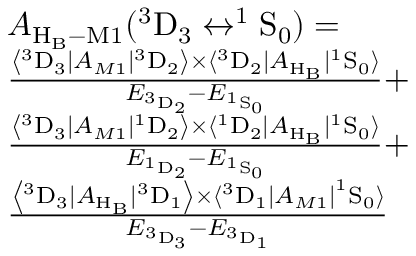
\begin{array} { r l } & { A _ { \mathrm { H _ { B } } - \mathrm { M } 1 } ( ^ { 3 } \mathrm { D } _ { 3 } \leftrightarrow ^ { 1 } \mathrm { S } _ { 0 } ) = } \\ & { \frac { \left\langle ^ 3 \mathrm { D } _ { 3 } \left| A _ { M 1 } \right| { ^ 3 \mathrm { D } _ { 2 } } \right\rangle \times \langle ^ { 3 } \mathrm { D } _ { 2 } | A _ { \mathrm { H _ { B } } } | ^ { 1 } \mathrm { S } _ { 0 } \rangle } { E _ { ^ 3 \mathrm { D } _ { 2 } } - E _ { ^ 1 \mathrm { S } _ { 0 } } } + } \\ & { \frac { \left\langle ^ 3 \mathrm { D } _ { 3 } \left| A _ { M 1 } \right| { ^ 1 \mathrm { D } _ { 2 } } \right\rangle \times \langle ^ { 1 } \mathrm { D } _ { 2 } | A _ { \mathrm { H _ { B } } } | ^ { 1 } \mathrm { S } _ { 0 } \rangle } { E _ { ^ 1 \mathrm { D } _ { 2 } } - E _ { ^ 1 \mathrm { S } _ { 0 } } } + } \\ & { \frac { \left\langle ^ 3 \mathrm { D } _ { 3 } | A _ { \mathrm { H _ { B } } } | { ^ 3 \mathrm { D } _ { 1 } } \right\rangle \times \langle { ^ 3 \mathrm { D } _ { 1 } } \left| A _ { M 1 } \right| ^ { 1 } \mathrm { S } _ { 0 } \rangle } { E _ { ^ 3 \mathrm { D } _ { 3 } } - E _ { ^ 3 \mathrm { D } _ { 1 } } } } \end{array}